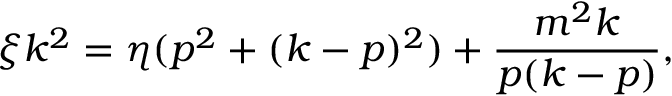
\xi k ^ { 2 } = \eta ( p ^ { 2 } + ( k - p ) ^ { 2 } ) + \frac { m ^ { 2 } k } { p ( k - p ) } ,